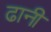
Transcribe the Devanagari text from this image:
ढानी